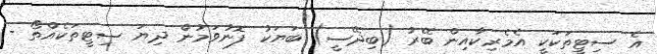
އެ ސިޓީތަކަކީ އެމެރިކާއިން ބޭރު (ބިދޭސީ) ބަޔަކު ފޮނުވަމުން ދިޔަ ސިޓީތަކެއްތޯ -